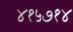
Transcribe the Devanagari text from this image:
४१५७१४